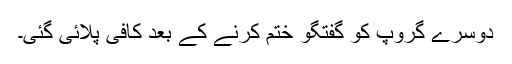
دوسرے گروپ کو گفتگو ختم کرنے کے بعد کافی پلائی گئی۔